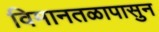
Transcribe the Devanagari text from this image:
विमानतळापासुन